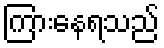
ကြားနေရသည်